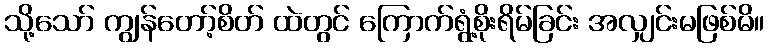
သို့သော် ကျွန်တော့်စိတ် ထဲတွင် ကြောက်ရွံ့စိုးရိမ်ခြင်း အလျှင်းမဖြစ်မိ။